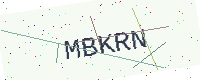
Text: MBKRN